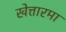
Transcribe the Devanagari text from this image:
खेत्तारमा